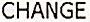
CHANGE